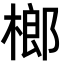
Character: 榔